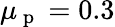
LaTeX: \mu_{\mathrm{~p~}}=0.3